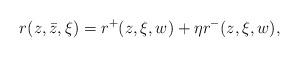
LaTeX: \begin{align*}r(z,\bar z,\xi)=r^+(z,\xi,w)+\eta r^-(z,\xi,w),\end{align*}